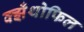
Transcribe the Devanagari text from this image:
क्झँथोफिल